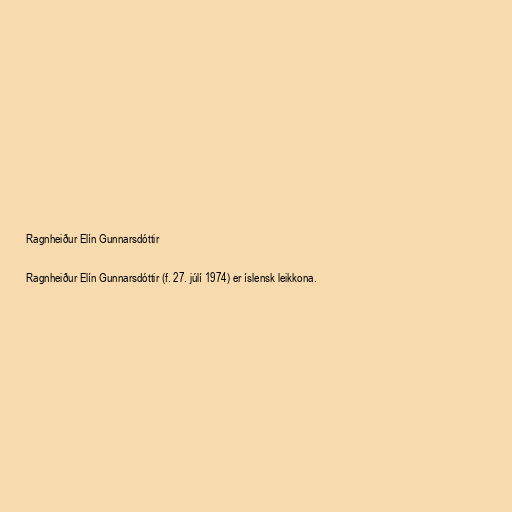
Ragnheiður Elín Gunnarsdóttir

Ragnheiður Elín Gunnarsdóttir (f. 27. júlí 1974) er íslensk leikkona.